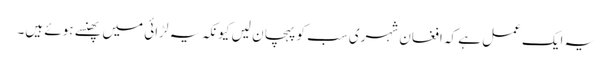
یہ ایک عمل ہے کہ افغان شہری سب کو پہچان لیں کیونکہ یہ لڑائی میں پھنسے ہوئے ہیں۔